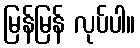
မြန်မြန် လုပ်ပါ။